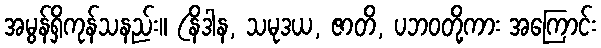
အမွန်ရှိကုန်သနည်း။ (နိဒါန, သမုဒယ, ဇာတိ, ပဘဝတို့ကား အကြောင်း